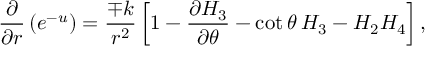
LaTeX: \frac { \partial } { \partial r } \left( e \sp { - u } \right) = \frac { \mp k } { r ^ { 2 } } \left[ 1 - \frac { \partial H _ { 3 } } { \partial \theta } - \cot \theta \: H _ { 3 } - H _ { 2 } H _ { 4 } \right] ,